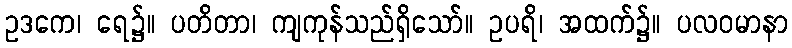
ဥဒကေ၊ ရေ၌။ ပတိတာ၊ ကျကုန်သည်ရှိသော်။ ဥပရိ၊ အထက်၌။ ပလဝမာနာ